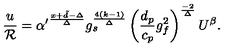
{ \frac { u } { \cal R } } = { \alpha ^ { \prime } } ^ { \frac { x + \tilde { d } - \Delta } { \Delta } } g _ { s } ^ { \frac { 4 ( k - 1 ) } { \Delta } } \left( \frac { d _ { p } } { c _ { p } } g _ { f } ^ { 2 } \right) ^ { \frac { - 2 } { \Delta } } U ^ { \beta } .